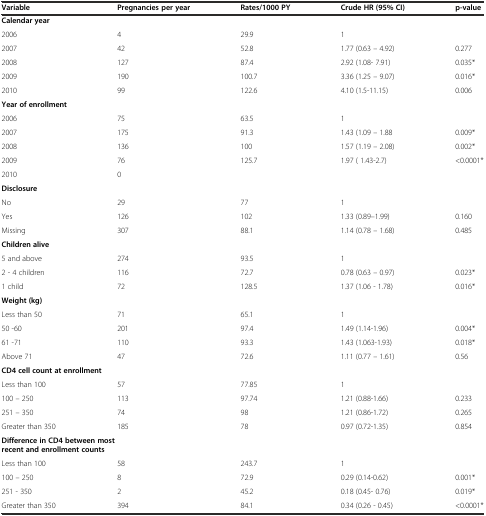
<table><thead><tr><td><b>Variable</b></td><td><b>Pregnancies per year</b></td><td><b>Rates/1000 PY</b></td><td><b>Crude HR (95% CI)</b></td><td><b>p-value</b></td></tr></thead><tbody><tr><td><b>Calendar year</b></td><td></td><td></td><td></td><td></td></tr><tr><td>2006</td><td>4</td><td>29.9</td><td>1</td><td></td></tr><tr><td>2007</td><td>42</td><td>52.8</td><td>1.77 (0.63 – 4.92)</td><td>0.277</td></tr><tr><td>2008</td><td>127</td><td>87.4</td><td>2.92 (1.08- 7.91)</td><td>0.035*</td></tr><tr><td>2009</td><td>190</td><td>100.7</td><td>3.36 (1.25 – 9.07)</td><td>0.016*</td></tr><tr><td>2010</td><td>99</td><td>122.6</td><td>4.10 (1.5-11.15)</td><td>0.006</td></tr><tr><td><b>Year of enrollment</b></td><td></td><td></td><td></td><td></td></tr><tr><td>2006</td><td>75</td><td>63.5</td><td>1</td><td></td></tr><tr><td>2007</td><td>175</td><td>91.3</td><td>1.43 (1.09 – 1.88</td><td>0.009*</td></tr><tr><td>2008</td><td>136</td><td>100</td><td>1.57 (1.19 – 2.08)</td><td>0.002*</td></tr><tr><td>2009</td><td>76</td><td>125.7</td><td>1.97 ( 1.43-2.7)</td><td>&lt;0.0001*</td></tr><tr><td>2010</td><td>0</td><td></td><td></td><td></td></tr><tr><td><b>Disclosure</b></td><td></td><td></td><td></td><td></td></tr><tr><td>No</td><td>29</td><td>77</td><td>1</td><td></td></tr><tr><td>Yes</td><td>126</td><td>102</td><td>1.33 (0.89–1.99)</td><td>0.160</td></tr><tr><td>Missing</td><td>307</td><td>88.1</td><td>1.14 (0.78 – 1.68)</td><td>0.485</td></tr><tr><td><b>Children alive</b></td><td></td><td></td><td></td><td></td></tr><tr><td>5 and above</td><td>274</td><td>93.5</td><td>1</td><td></td></tr><tr><td>2 - 4 children</td><td>116</td><td>72.7</td><td>0.78 (0.63 – 0.97)</td><td>0.023*</td></tr><tr><td>1 child</td><td>72</td><td>128.5</td><td>1.37 (1.06 - 1.78)</td><td>0.016*</td></tr><tr><td><b>Weight (kg)</b></td><td></td><td></td><td></td><td></td></tr><tr><td>Less than 50</td><td>71</td><td>65.1</td><td>1</td><td></td></tr><tr><td>50 -60</td><td>201</td><td>97.4</td><td>1.49 (1.14-1.96)</td><td>0.004*</td></tr><tr><td>61 -71</td><td>110</td><td>93.3</td><td>1.43 (1.063-1.93)</td><td>0.018*</td></tr><tr><td>Above 71</td><td>47</td><td>72.6</td><td>1.11 (0.77 – 1.61)</td><td>0.56</td></tr><tr><td colspan="5"><b>CD4 cell count at enrollment</b></td></tr><tr><td>Less than 100</td><td>57</td><td>77.85</td><td>1</td><td></td></tr><tr><td>100 – 250</td><td>113</td><td>97.74</td><td>1.21 (0.88-1.66)</td><td>0.233</td></tr><tr><td>251 – 350</td><td>74</td><td>98</td><td>1.21 (0.86-1.72)</td><td>0.265</td></tr><tr><td>Greater than 350</td><td>185</td><td>78</td><td>0.97 (0.72-1.35)</td><td>0.854</td></tr><tr><td colspan="5"><b>Difference in CD4 between most recent and enrollment counts</b></td></tr><tr><td>Less than 100</td><td>58</td><td>243.7</td><td>1</td><td></td></tr><tr><td>100 – 250</td><td>8</td><td>72.9</td><td>0.29 (0.14-0.62)</td><td>0.001*</td></tr><tr><td>251 - 350</td><td>2</td><td>45.2</td><td>0.18 (0.45- 0.76)</td><td>0.019*</td></tr><tr><td>Greater than 350</td><td>394</td><td>84.1</td><td>0.34 (0.26 - 0.45)</td><td>&lt;0.0001*</td></tr></tbody></table>